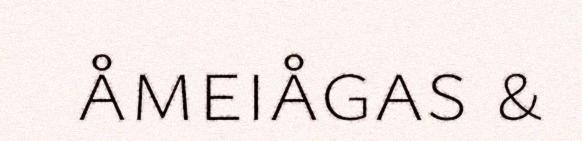
åmeiågas &